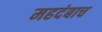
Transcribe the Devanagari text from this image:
महदंबाच